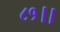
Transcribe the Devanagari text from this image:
८१।।